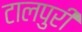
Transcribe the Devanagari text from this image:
टालपुरी